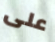
على